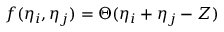
f ( \eta _ { i } , \eta _ { j } ) = \Theta ( \eta _ { i } + \eta _ { j } - Z )